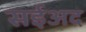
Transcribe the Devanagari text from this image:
सईअद